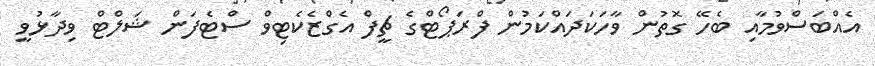
އެއްބަސްވުމާއި ބެހޭ ގޮތުން ވާހަކަދައްކަމުން ފްރަޕޯޓްގެ ޗީފް އެގްޒެކެޓިވް ސްޓެފަން ޝަލްޓް ވިދާޅުވީ